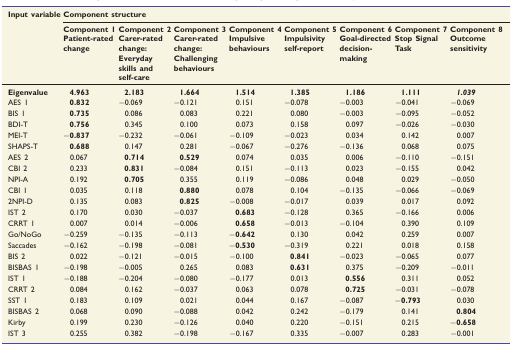
<table><thead><tr><td rowspan="2"><b>Input variable</b></td><td colspan="8"><b>Component structure</b></td></tr><tr><td><b>Component 1 Patient-rated change</b></td><td><b>Component 2 Carer-rated change: Everyday skills and self-care</b></td><td><b>Component 3 Carer-rated change: Challenging behaviours</b></td><td><b>Component 4 Impulsive behaviours</b></td><td><b>Component 5 Impulsivity self-report</b></td><td><b>Component 6 Goal-directed decision- making</b></td><td><b>Component 7 Stop Signal Task</b></td><td><b>Component 8 Outcome sensitivity</b></td></tr></thead><tbody><tr><td><b>Eigenvalue</b></td><td><b>4.963</b></td><td><b>2.183</b></td><td><b>1.664</b></td><td><b>1.514</b></td><td><b>1.385</b></td><td><b>1.186</b></td><td><b>1.111</b></td><td><b><i>1.039</i></b></td></tr><tr><td>AES 1</td><td><b>0.832</b></td><td>−0.069</td><td>−0.121</td><td>0.151</td><td>−0.078</td><td>−0.003</td><td>−0.041</td><td>−0.069</td></tr><tr><td>BIS 1</td><td><b>0.735</b></td><td>0.086</td><td>0.083</td><td>0.221</td><td>0.080</td><td>−0.003</td><td>−0.095</td><td>−0.052</td></tr><tr><td>BDI-T</td><td><b>0.756</b></td><td>0.345</td><td>0.100</td><td>0.073</td><td>0.158</td><td>0.097</td><td>−0.026</td><td>−0.030</td></tr><tr><td>MEI-T</td><td><b>−0.837</b></td><td>−0.232</td><td>−0.061</td><td>−0.109</td><td>−0.023</td><td>0.034</td><td>0.142</td><td>0.007</td></tr><tr><td>SHAPS-T</td><td><b>0.688</b></td><td>0.147</td><td>0.281</td><td>−0.067</td><td>−0.276</td><td>−0.136</td><td>0.068</td><td>0.075</td></tr><tr><td>AES 2</td><td>0.067</td><td><b>0.714</b></td><td><b>0.529</b></td><td>0.074</td><td>0.035</td><td>0.006</td><td>−0.110</td><td>−0.151</td></tr><tr><td>CBI 2</td><td>0.233</td><td><b>0.831</b></td><td>−0.084</td><td>0.151</td><td>−0.113</td><td>0.023</td><td>−0.155</td><td>0.042</td></tr><tr><td>NPI-A</td><td>0.192</td><td><b>0.705</b></td><td>0.355</td><td>0.119</td><td>−0.086</td><td>0.048</td><td>0.029</td><td>−0.050</td></tr><tr><td>CBI 1</td><td>0.035</td><td>0.118</td><td><b>0.880</b></td><td>0.078</td><td>0.104</td><td>−0.135</td><td>−0.066</td><td>−0.069</td></tr><tr><td>2NPI-D</td><td>0.135</td><td>0.083</td><td><b>0.825</b></td><td>−0.008</td><td>−0.017</td><td>0.039</td><td>0.017</td><td>0.092</td></tr><tr><td>IST 2</td><td>0.170</td><td>0.030</td><td>−0.037</td><td><b>0.683</b></td><td>−0.128</td><td>0.365</td><td>−0.166</td><td>0.006</td></tr><tr><td>CRRT 1</td><td>0.007</td><td>0.014</td><td>−0.006</td><td><b>0.658</b></td><td>−0.013</td><td>−0.104</td><td>0.390</td><td>0.109</td></tr><tr><td>Go/NoGo</td><td>−0.259</td><td>−0.135</td><td>−0.113</td><td><b>−0.642</b></td><td>0.130</td><td>0.042</td><td>0.259</td><td>0.007</td></tr><tr><td>Saccades</td><td>−0.162</td><td>−0.198</td><td>−0.081</td><td><b>−0.530</b></td><td>−0.319</td><td>0.221</td><td>0.018</td><td>0.158</td></tr><tr><td>BIS 2</td><td>0.022</td><td>−0.121</td><td>−0.015</td><td>−0.100</td><td><b>0.841</b></td><td>−0.023</td><td>−0.065</td><td>0.077</td></tr><tr><td>BISBAS 1</td><td>−0.198</td><td>−0.005</td><td>0.265</td><td>0.083</td><td><b>0.631</b></td><td>0.375</td><td>−0.209</td><td>−0.011</td></tr><tr><td>IST 1</td><td>−0.188</td><td>−0.204</td><td>−0.080</td><td>−0.177</td><td>0.013</td><td><b>0.556</b></td><td>0.311</td><td>0.052</td></tr><tr><td>CRRT 2</td><td>0.084</td><td>0.162</td><td>−0.037</td><td>0.063</td><td>0.078</td><td><b>0.725</b></td><td>−0.031</td><td>−0.078</td></tr><tr><td>SST 1</td><td>0.183</td><td>0.109</td><td>0.021</td><td>0.044</td><td>0.167</td><td>−0.087</td><td><b>−0.793</b></td><td>0.030</td></tr><tr><td>BISBAS 2</td><td>0.068</td><td>0.090</td><td>−0.088</td><td>0.042</td><td>0.242</td><td>−0.179</td><td>0.141</td><td><b>0.804</b></td></tr><tr><td>Kirby</td><td>0.199</td><td>0.230</td><td>−0.126</td><td>0.040</td><td>0.220</td><td>−0.151</td><td>0.215</td><td><b>−0.658</b></td></tr><tr><td>IST 3</td><td>0.255</td><td>0.382</td><td>−0.198</td><td>−0.167</td><td>0.335</td><td>−0.007</td><td>0.283</td><td>−0.001</td></tr></tbody></table>